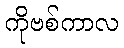
ကိုဗစ်ကာလ